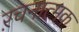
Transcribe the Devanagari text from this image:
ऱचनात्मक